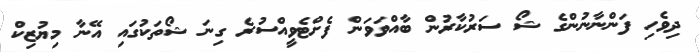
ދިވެހި ފަންނާނުންގެ ޝޯ ސަރުކާރުން ބާއްވަވަން ފެށްޓެވީއްސުރެ ގިނަ ޝޯތަކުގައި އޭނާ މިޔުޒިކް